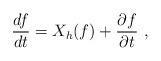
LaTeX: \begin{align*}\frac{df}{dt}=X_{h}(f)+\frac{\partial f}{\partial t} \ ,\end{align*}